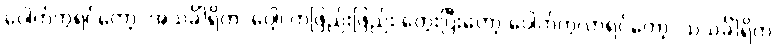
ပေါက်ကွဲရင်တော့ ‘အသင်္ခါရိက’ ပေါ့၊ တဖြည်းဖြည်း တွေးပြီးတော့ ပေါက်ကွဲလာရင်တော့ ‘သသင်္ခါရိက’